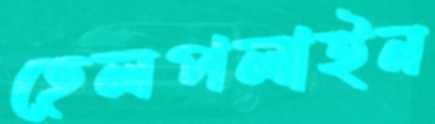
হেলপলাইন